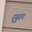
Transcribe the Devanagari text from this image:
र्‍युरुप